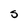
Character: S